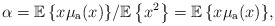
\begin{align*}\alpha = {{ \mathbb{E}}\left\{x\mu_{\rm a}(x)\right\}}/{{ \mathbb{E}}\left\{x^2\right\}}={{ \mathbb{E}}\left\{x\mu_{\rm a}(x)\right\}},\end{align*}